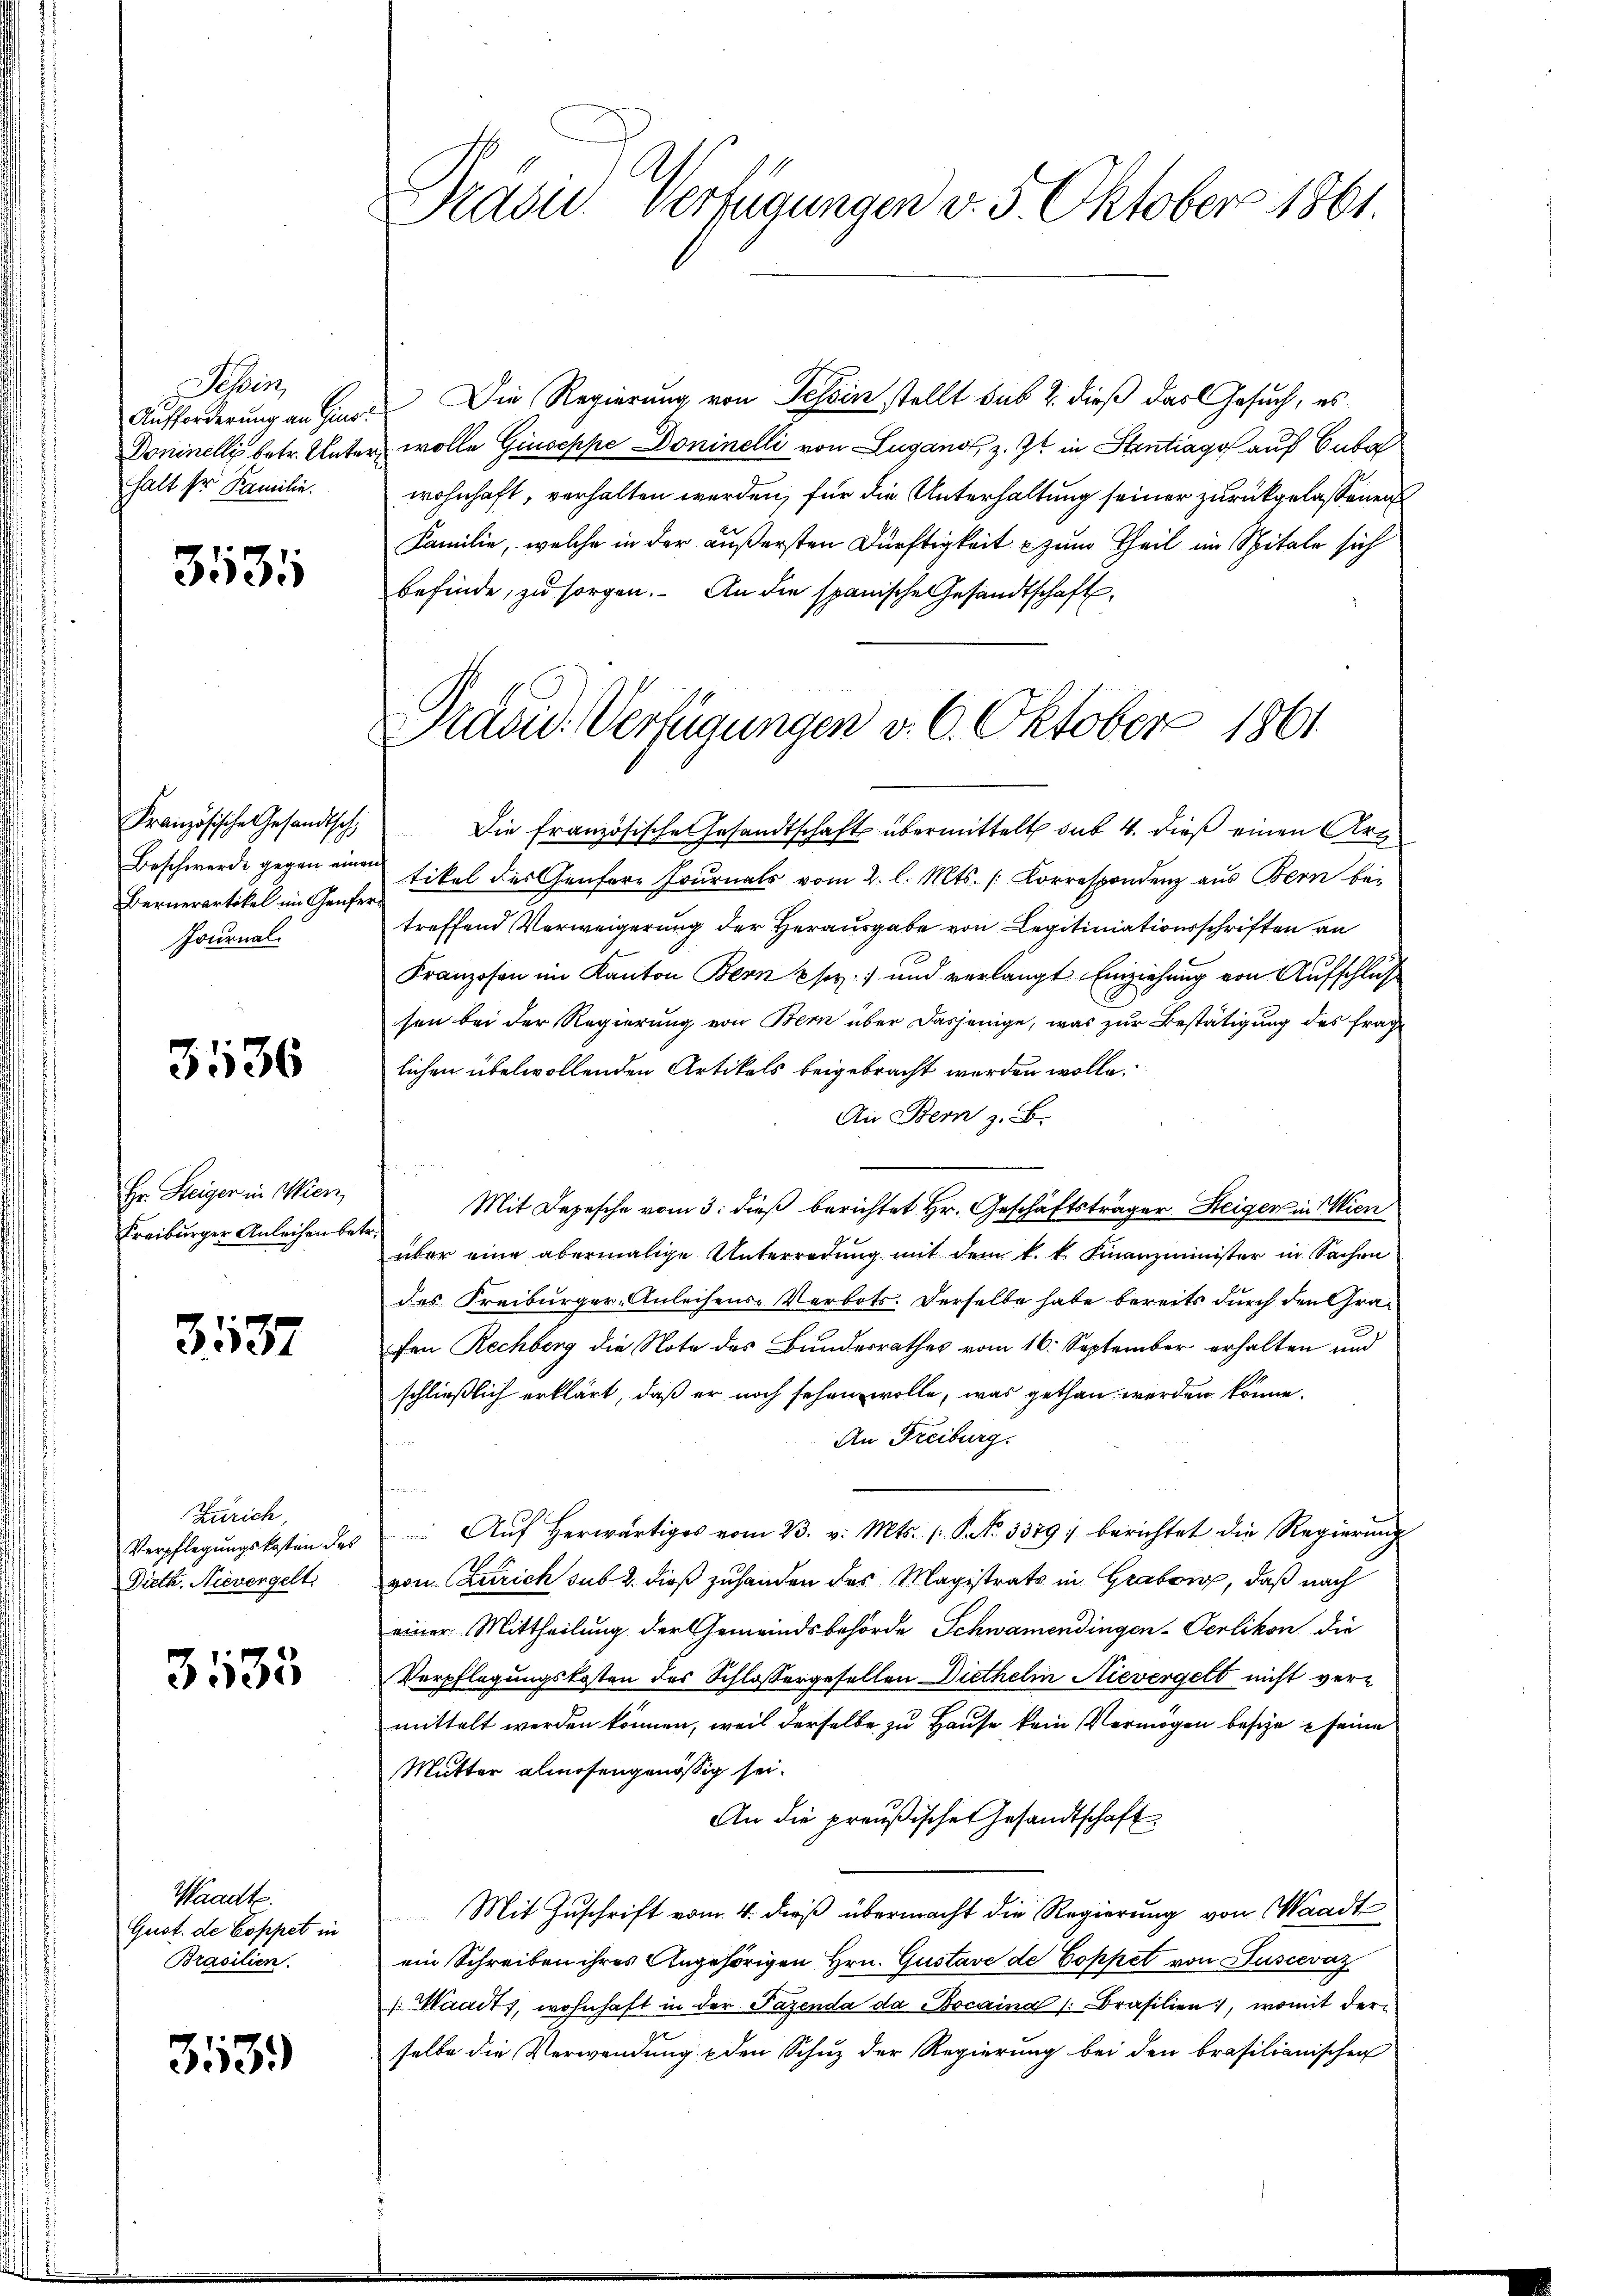
Schei
Aufforderung an Hins¬
Doninelli betr. Unter
halt ser Familie.

3531

Französische Gesandtsch
Beschwerde gegen einer
Bernerartikel im Genfer¬
Journal

3536

Hr. Steiger in Wien,
Freiburger Anleihen be¬

3137

Zürich,
Verpflegungskosten des
Dieth. Nievergelt.

3135

Waadt.
Gust. de Coppet in
Brasilien.

313.

Präsid.. Verfügungen d. 5 Oktober 1861.

Präsid. Verfügungen v. 6. Oktober 1861

Die Regierung von Tessin stellt sub 2. dieß das Gesuch, es
wolle Giuseppe Doninelli von Lugano, z. Zt. in Stentrag auf Cuba
wohnhaft, verhalten werden, für die Unterhaltung seiner zurückgelassenen
Familie, welche in der äußersten Dürftigkeit zum Theil im Spitale sich
befinde, zu sorgen. An die spanische Gesandtschaft
Die französische Gesandtschafts übermittelt sub 4. dieß einen Art
tikel des Genfere Journals vom 2. l. Mts. Korrespondenz aus Bern be-
treffend Verweigerung der Herausgabe von Legitiniationsschriften an
Franzosen im Kanton Bern u sey und verlangt Einziehung von Aufschluß
sen bei der Regierung von Bern über dasjenige, was zur Bestätigung des frage
lichen übelwollenden Artikels beigebracht werden wolle.
Ai Bern z. B.
Mit Depesche vom 3. dieß berichtet Hr. Geschäftsträger Steiger in Wien
über eine abermalige Unterredung mit dem k. k. Finanzminister in Sachen
des Freiburger-Anleihens-Verbots: Derselbe habe bereits durch den Grafen Rechberg die Note des Bundesrathes vom 16. September erhalten und
schließlich erklärt, daß er noch sehen wolle, was gethan werden könne.
An Freiburg.
 Aŭf herwärtiges vom 23. v. Mts. (: S. 3379; berichtet die Regierŭng
von Zürich sub 2. dieß zuhanden des Magistrats in Graben, daß nach
einer Mittheilung der Gemeindsbehörde Schwamendingen-Oerlikon die
Verpflegungskosten des Schloßergesellen Diethelm Nievergelt nicht vermittelt werden können, weil derselbe zu Hause kein Vermögen besie seine
Mutter almosengenössig sei.
An die preußischen Gesandtschaft
Mit Zuschrift vom 4. dieß übermacht die Regierung von Waadt
ein Schreiben ihres Angehörigen Hrn. Gustave de Coppet von Fuscevaz
: Waadt, wohnhaft in der Fazenda da Bocaina Brasilien, womit derselbe die Verwendung & den Schuz der Regierung bei den brasilianischen